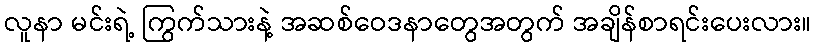
လူနာ မင်းရဲ့ ကြွက်သားနဲ့ အဆစ်ဝေဒနာတွေအတွက် အချိန်စာရင်းပေးလား။